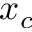
x _ { c }